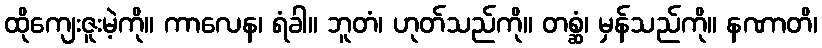
ထိုကျေးဇူးမဲ့ကို။ ကာလေန၊ ရံခါ။ ဘူတံ၊ ဟုတ်သည်ကို။ တစ္ဆံ၊ မှန်သည်ကို။ နဏာတိ၊